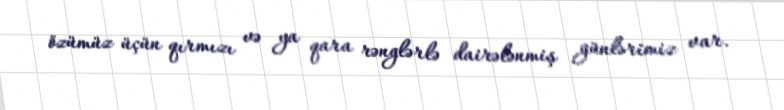
özümüz üçün qırmızı və ya qara rənglərlə dairələnmiş günlərimiz var.